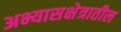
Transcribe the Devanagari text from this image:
अभ्यासक्षेत्रातील